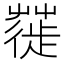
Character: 𦹼